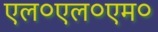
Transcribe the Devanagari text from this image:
एल०एल०एम०